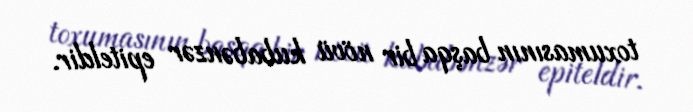
toxumasının başqa bir növü kubabənzər epiteldir.